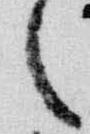
之